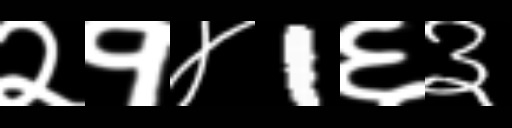
Text: २१४1६३